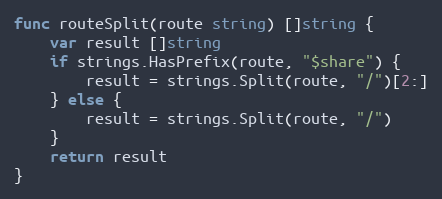
Language: Go
func routeSplit(route string) []string {
	var result []string
	if strings.HasPrefix(route, "$share") {
		result = strings.Split(route, "/")[2:]
	} else {
		result = strings.Split(route, "/")
	}
	return result
}